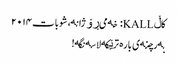
کاڵ KALL: خەمی ڕۆژانە، شوبات ٢٠١٤
بەرچنەی بارە ترێکە لاسەنگە!